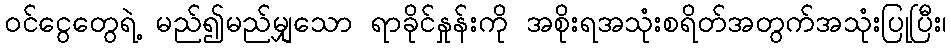
၀င်ငွေတွေရဲ့ မည်၍မည်မျှသော ရာခိုင်နှုန်းကို အစိုးရအသုံးစရိတ်အတွက်အသုံးပြုပြီး၊